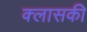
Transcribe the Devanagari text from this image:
क्लासकी